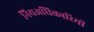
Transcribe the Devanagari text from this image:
नियअधिकारियों